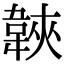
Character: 𩎱